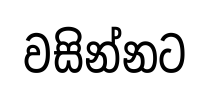
වසින්නට